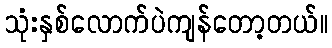
သုံးနှစ်လောက်ပဲကျန်တော့တယ်။